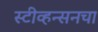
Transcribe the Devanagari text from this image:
स्टीव्हन्सनचा